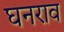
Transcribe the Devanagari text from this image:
घनराव